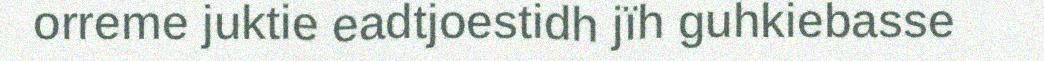
orreme juktie eadtjoestidh jïh guhkiebasse